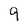
Character: 9